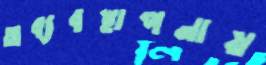
অব্যবস্থাপনায়